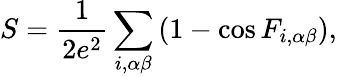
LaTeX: S=\frac{1}{2e^{2}}\sum_{i,\alpha\beta}\left(1-\cos F_{i,\alpha\beta}\right),